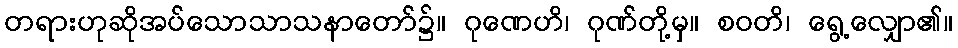
တရားဟုဆိုအပ်သောသာသနာတော်၌။ ဂုဏေဟိ၊ ဂုဏ်တို့မှ။ စဝတိ၊ ရွေ့လျှော၏။